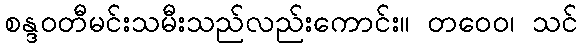
စန္ဒဝတီမင်းသမီးသည်လည်းကောင်း။ တဝေဝ၊ သင်